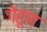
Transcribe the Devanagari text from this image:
गेहूण